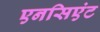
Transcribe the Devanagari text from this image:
एनसिएंट